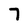
Character: 7